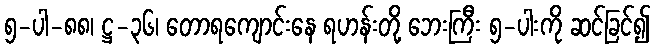
၅-ပါ-၈၈၊ ဋ္ဌ-၃၆၊ တောရကျောင်းနေ ရဟန်းတို့ ဘေးကြီး ၅-ပါးကို ဆင်ခြင်၍